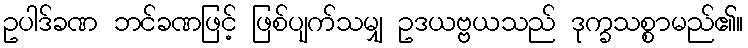
ဥပါဒ်ခဏ ဘင်ခဏဖြင့် ဖြစ်ပျက်သမျှ ဥဒယဗ္ဗယသည် ဒုက္ခသစ္စာမည်၏။